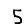
Digit: 5